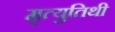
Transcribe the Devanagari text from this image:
मृत्युतिथी